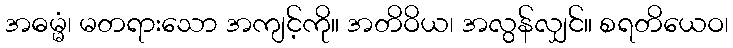
အဓမ္မံ၊ မတရားသော အကျင့်ကို။ အတိဝိယ၊ အလွန်လျှင်။ စရတိယေဝ၊